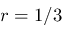
r = 1 / 3